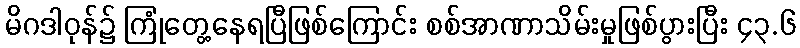
မိဂဒါဝုန်၌ ကြုံတွေ့နေရပြီဖြစ်ကြောင်း စစ်အာဏာသိမ်းမှုဖြစ်ပွားပြီး ၄၃.၆